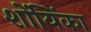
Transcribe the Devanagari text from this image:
शोंयिंका